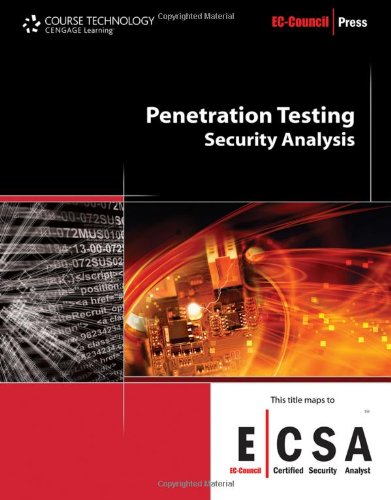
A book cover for Penetration Testing: Security Analysis (EC-Council Press); EC-Council; Computers & Technology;